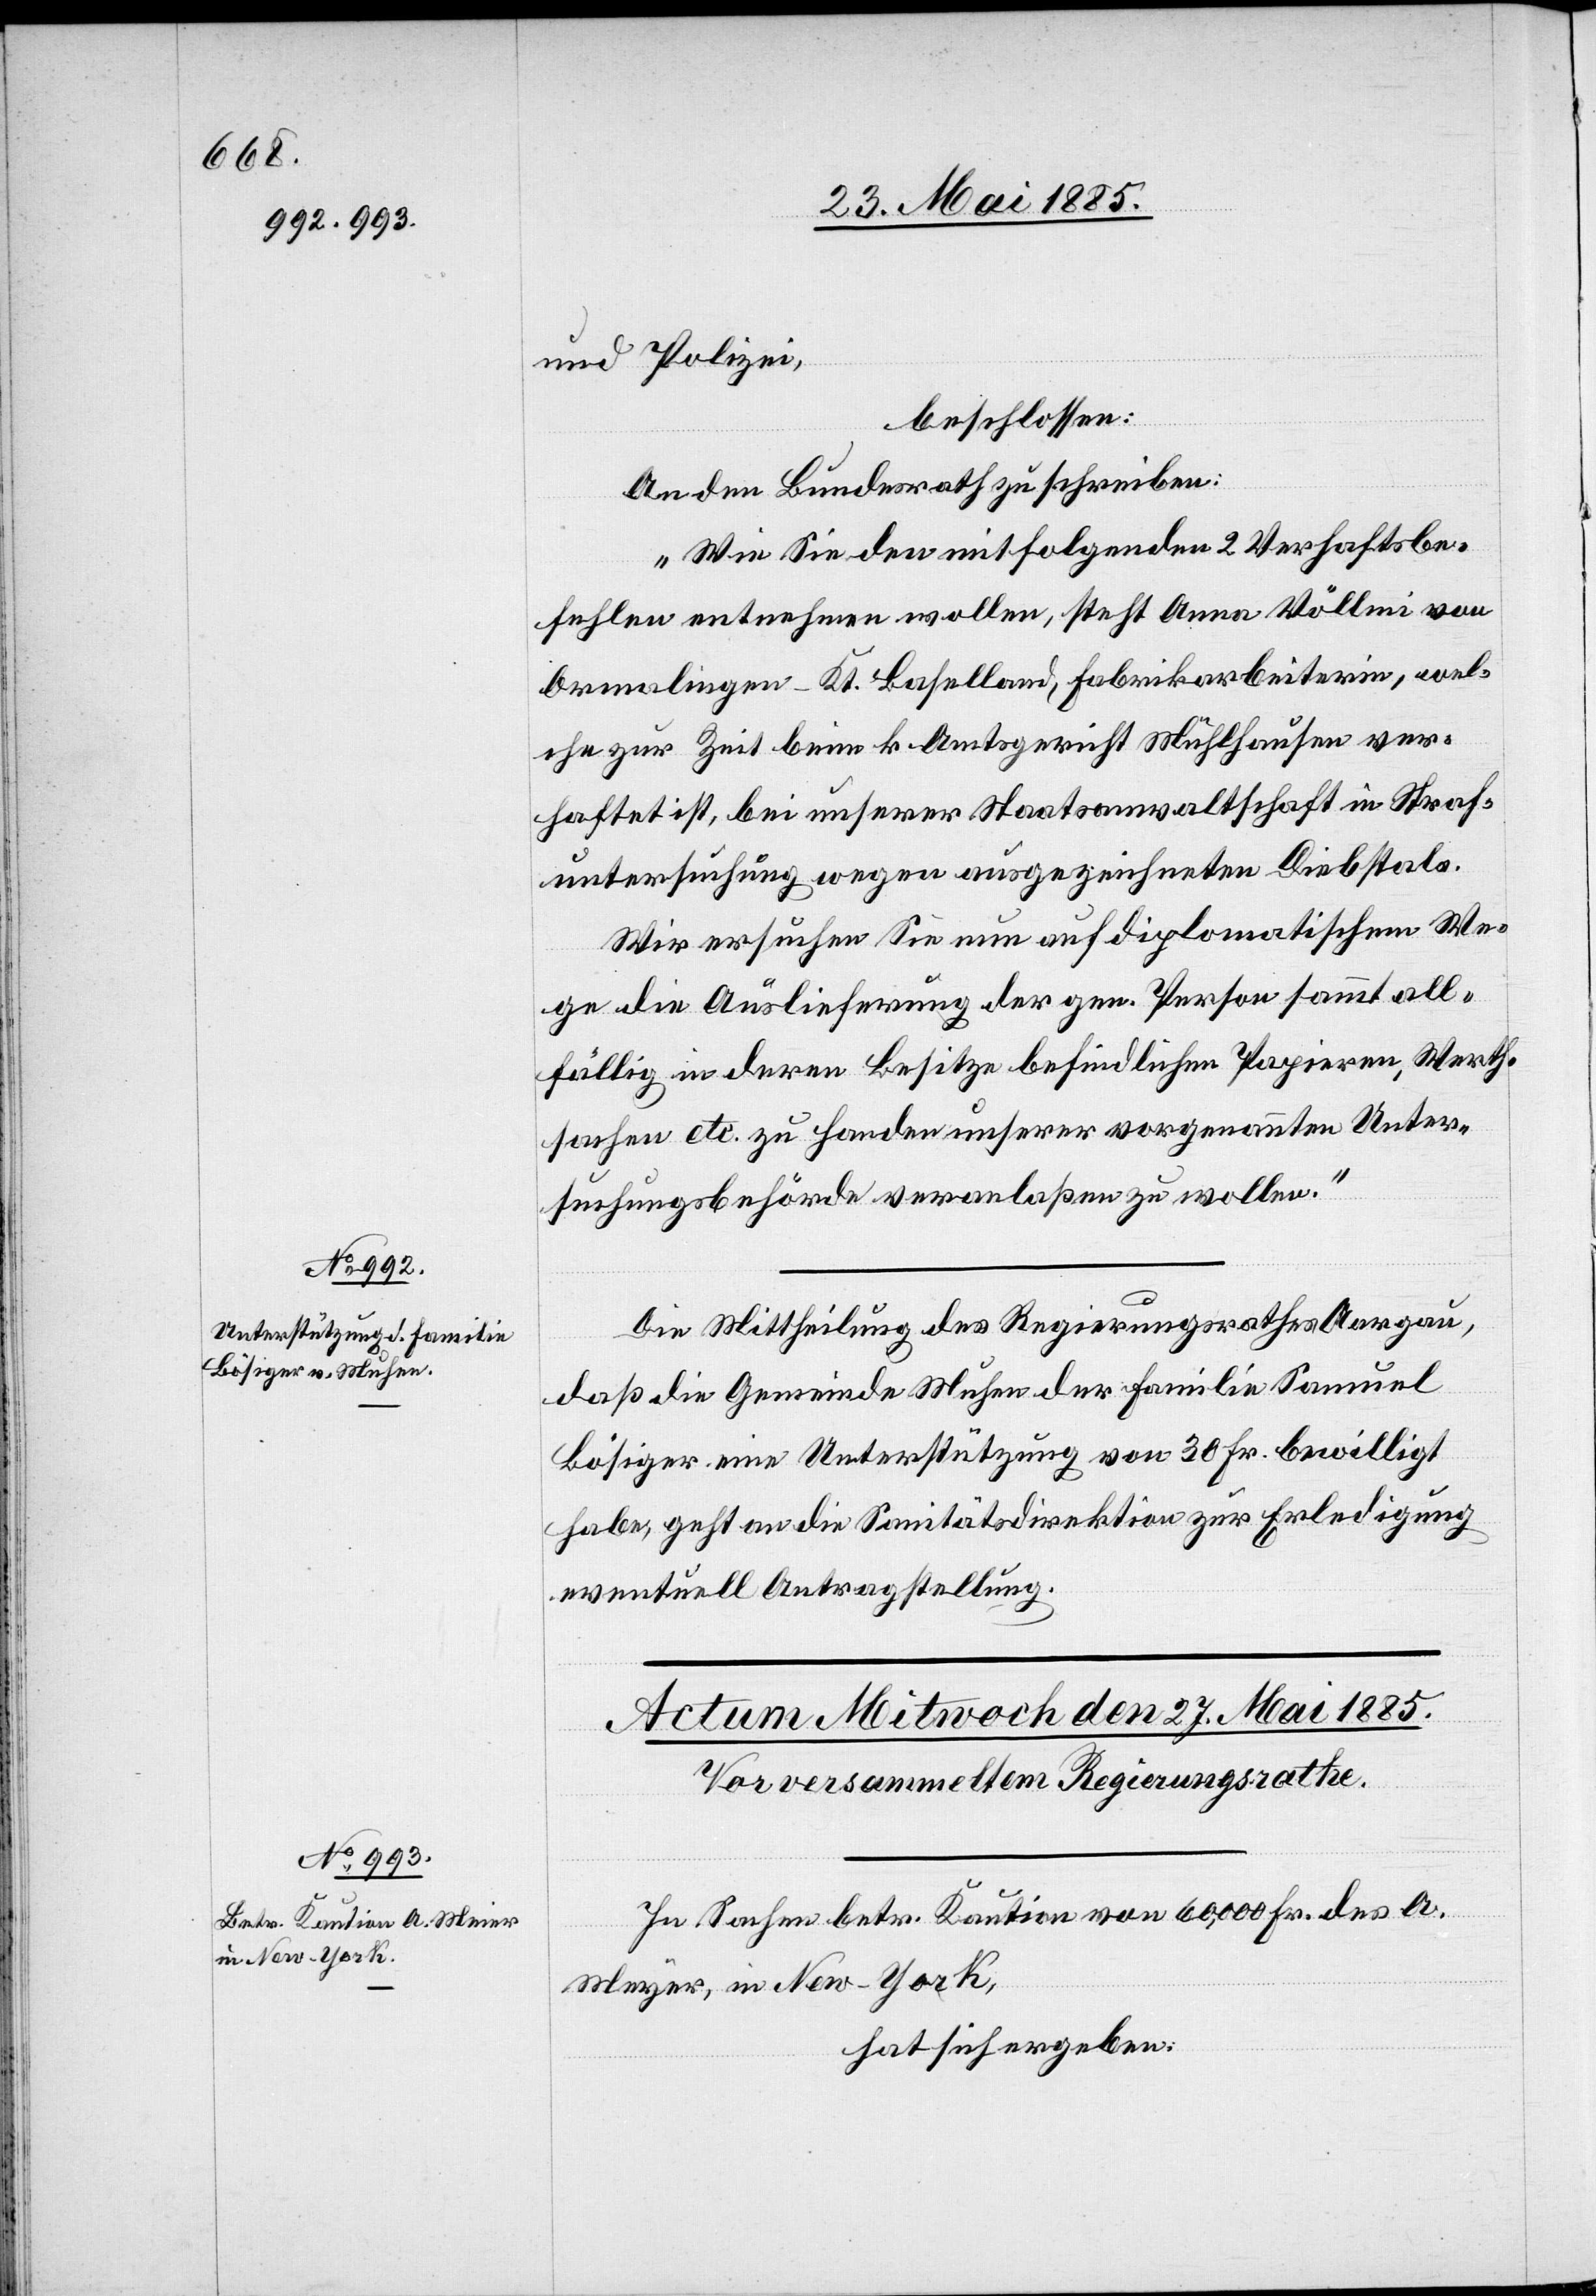
in New-York,

26. Mai 1885.]
und Polizei,
Meyer
beschlossen:
An den Bundesrath zu schreiben:
„Wie Sie den mitfolgenden 2 Verhaftsbe¬
fehlen entnehmen wollen, steht Anna Völlmi von
Ormalingen - Kt. Baselland, Fabrikarbeiterin, wel¬
che zur Zeit beim k. Amtsgericht Mühlhausen ver¬
haftet ist, bei unserer Staatsanwaltschaft in Straf¬
untersuchung wegen ausgezeichneten Diebstals.
Wir ersuchen Sie nun auf diplomatischem We¬
ge die Auslieferung der gen. Person sammt all¬
fällig in deren Besitze befindlichen Papieren, Werth¬
sachen etc. zu Handen unserer vorgenannten Unter¬
suchungsbehörde veranlaßen zu wollen.“
Die Mittheilung des Regierungsrathes Aargau,
daß die Gemeinde Muhen der Familie Samuel
Bösiger eine Unterstützung von 30 Fr. bewilligt
habe, geht an die Sanitätsdirektion zur Erledigung
eventuell Antragstellung.
In Sachen betr. Kaution von 60,000 Fr. des A.
hat sich ergeben: